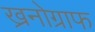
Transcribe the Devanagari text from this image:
ख्रनोग्राफ